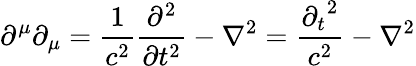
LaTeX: \partial^{\mu}\partial_{\mu}={\frac{1}{c^{2}}}{\frac{\partial^{2}}{\partial t^{2}}}-\nabla^{2}={\frac{{\partial_{t}}^{2}}{c^{2}}}-\nabla^{2}